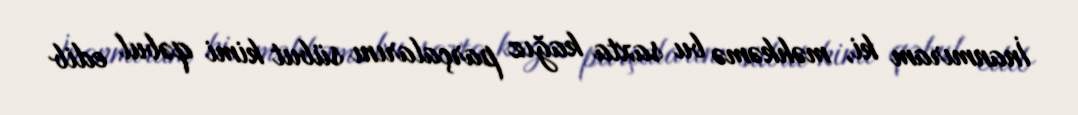
İnanmıram ki, məhkəmə bu saxta kağız parçalarını sübut kimi qəbul edib